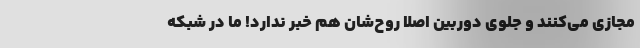
مجازي مي‌كنند و جلوي دوربين اصلا روح‌شان هم خبر ندارد! ما در شبكه